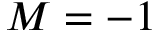
M = - 1